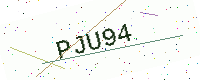
Text: PJU94